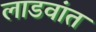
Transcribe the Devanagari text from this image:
लाडवांत